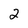
Character: 2